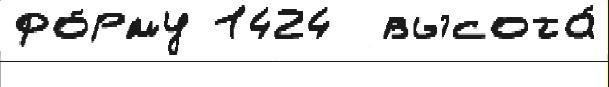
фо́рму 1424  высота́